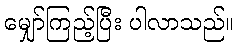
မျှော်ကြည့်ပြီး ပါလာသည်။